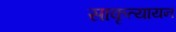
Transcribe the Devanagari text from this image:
साकृत्यायन